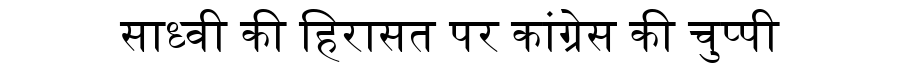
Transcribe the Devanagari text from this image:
साध्वी की हिरासत पर कांग्रेस की चुप्पी